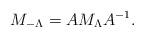
LaTeX: \begin{align*}M_{- \Lambda}=A M_{\Lambda} A^{-1}.\end{align*}